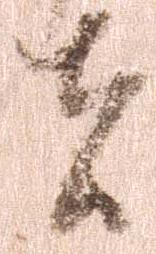
者